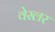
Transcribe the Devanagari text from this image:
वेस्लर